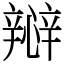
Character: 㦚